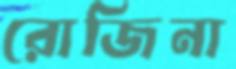
রোজিনা